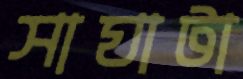
সাঘাটা